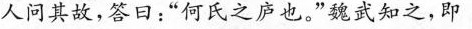
人问其故，答日：”何氏之庐也。”魏武知之，即